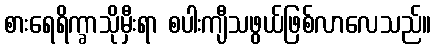
စားရေရိက္ခာသိုမှီးရာ စပါးကျီသဖွယ်ဖြစ်လာလေသည်။